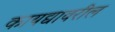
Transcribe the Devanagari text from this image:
कायद्यावरील